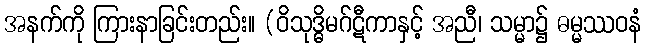
အနက်ကို ကြားနာခြင်းတည်း။ (ဝိသုဒ္ဓိမဂ်ဋီကာနှင့် အညီ၊ သမ္မာ၌ ဓမ္မဿဝနံ